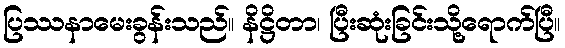
ပြဿနာမေးခွန်းသည်။ နိဋ္ဌိတာ၊ ပြီးဆုံးခြင်းသို့ရောက်ပြီ။